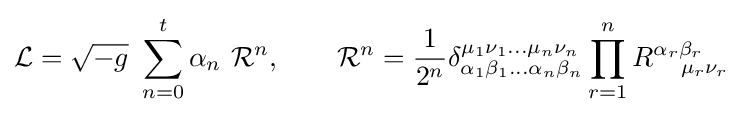
{\mathcal {L}}={\sqrt {-g}}\ \sum \limits _{n=0}^{t}\alpha _{n}\ {\mathcal {R}}^{n},\qquad {\mathcal {R}}^{n}={\frac {1}{2^{n}}}\delta _{\alpha _{1}\beta _{1}...\alpha _{n}\beta _{n}}^{\mu _{1}\nu _{1}...\mu _{n}\nu _{n}}\prod \limits _{r=1}^{n}R_{\quad \mu _{r}\nu _{r}}^{\alpha _{r}\beta _{r}}